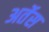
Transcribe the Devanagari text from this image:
अर्तेस